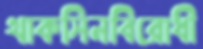
থাকসিনবিরোধী